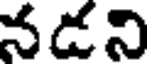
నడని